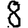
Digit: 8